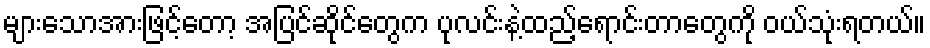
များသောအားဖြင့်တော့ အပြင်ဆိုင်တွေက ပုလင်းနဲ့ထည့်ရောင်းတာတွေကို ဝယ်သုံးရတယ်။